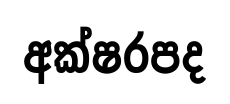
අක්ෂරපද